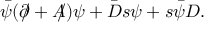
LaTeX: \bar { \psi } ( \partial \! \! \! \slash + A \! \! \! \slash ) \psi + \bar { D } s \psi + s \bar { \psi } D .